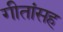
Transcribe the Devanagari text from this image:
गीतांसह